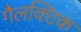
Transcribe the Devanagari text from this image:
गैलक्टिक